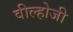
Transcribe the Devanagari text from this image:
वील्होजी